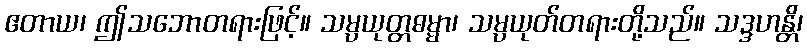
ဧတာယ၊ ဤသဘောတရားဖြင့်။ သမ္ပယုတ္တဓမ္မာ၊ သမ္ပယုတ်တရားတို့သည်။ သဒ္ဒဟန္တိ၊